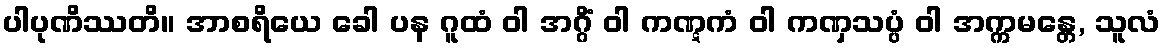
ပါပုဏိဿတိ။ အာစရိယေ ခေါ ပန ဂူထံ ဝါ အဂ္ဂိံ ဝါ ကဏ္ဋကံ ဝါ ကဏှသပ္ပံ ဝါ အက္ကမန္တေ, သူလံ